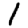
Digit: 1